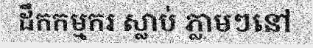
ដឹកកម្មករ ស្លាប់ ភ្លាមៗនៅ